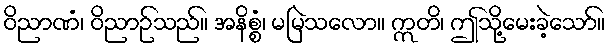
ဝိညာဏံ၊ ဝိညာဉ်သည်။ အနိစ္စံ၊ မမြဲသလော။ ဣတိ၊ ဤသို့မေးခဲ့သော်။